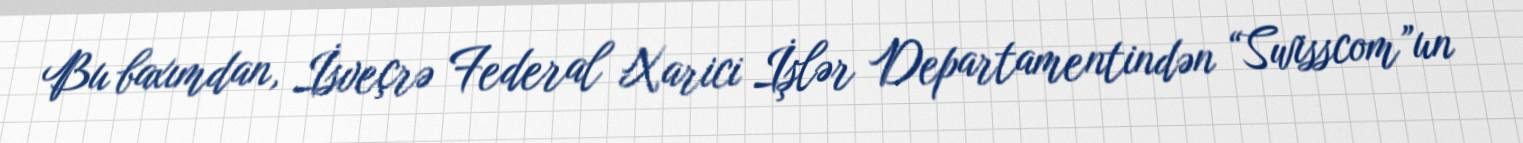
Bu baxımdan, İsveçrə Federal Xarici İşlər Departamentindən “Swisscom”un